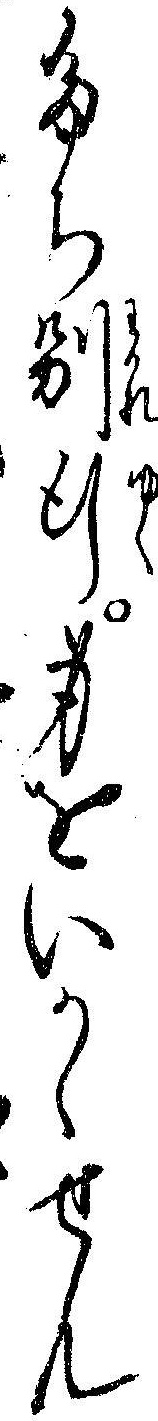
たち別行身をいかゝせん